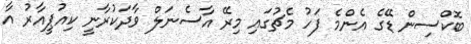
ބޮކްސިން ޑޭގެ އެންމެ ފަހު މެޗުގައި މިރޭ އާސެނަލް ވާދަކުރާނީ ކިއުޕީއާރު އާ